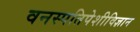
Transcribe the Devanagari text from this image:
वनस्पतिपेशीविज्ञान